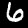
Digit: 6